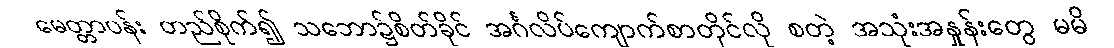
မေတ္တာပန်း တည်စိုက်၍ သဘော၌စိတ်ခိုင် အင်္ဂလိပ်ကျောက်စာတိုင်လို စတဲ့ အသုံးအနှုန်းတွေ မမိ